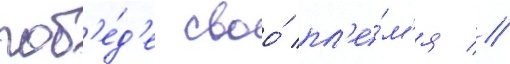
поб'е́д'е своо́ пл'е́м'я //